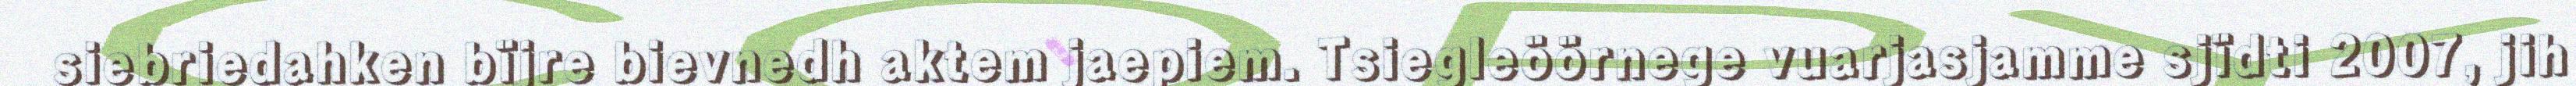
siebriedahken bïjre bievnedh aktem jaepiem. Tsiegleöörnege vuarjasjamme sjïdti 2007, jih